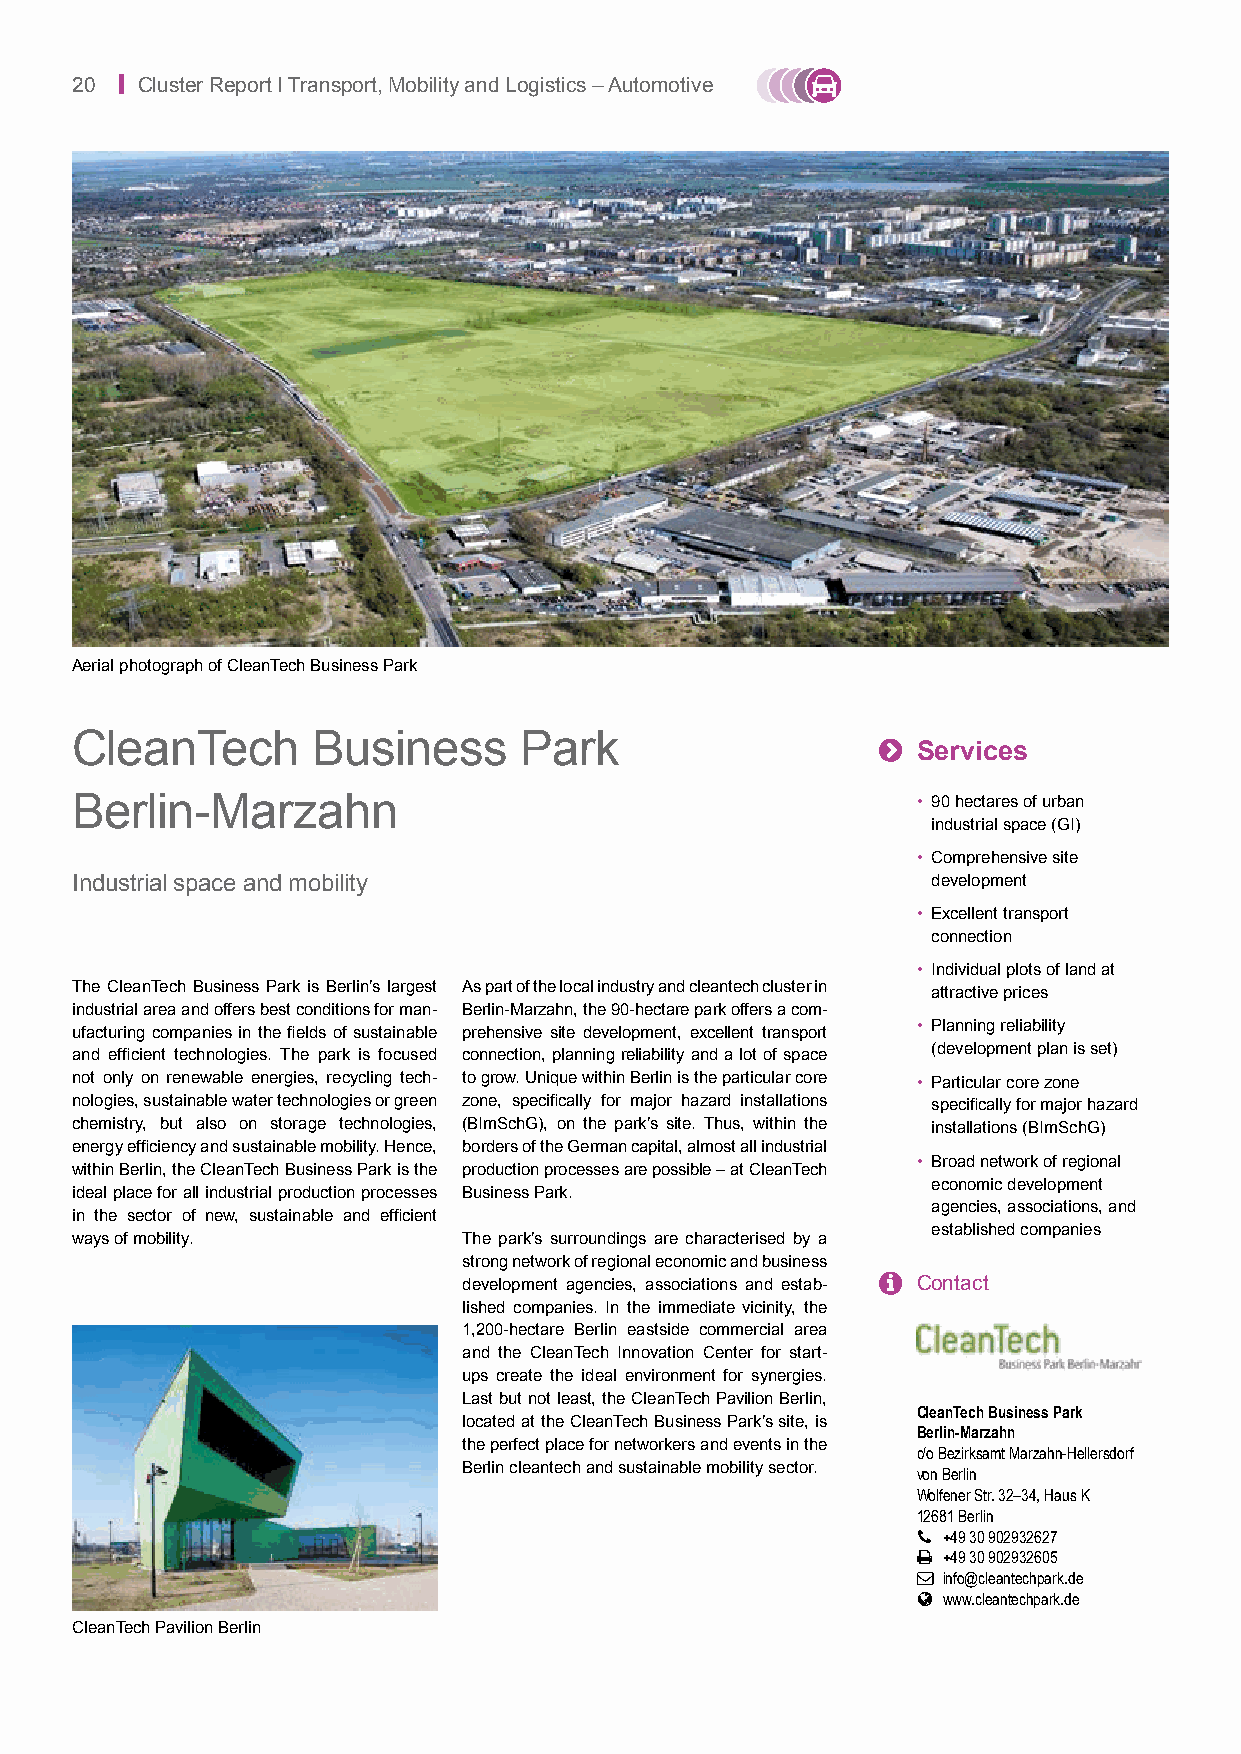
20 | Cluster Report I Transport, Mobility and Logistics – Automotive
 Aerial photograph of CleanTech Business Park
 CleanTech       Business     Park                    
 Services
 Berlin-Marzahn                                          • 90 hectares of urban
 industrial space (GI)
 • Comprehensive site
 Industrial space and mobility                            development
 • Excellent transport
 connection
 • Individual plots of land at
 The CleanTech Business Park is Berlin’s largest As part of the local industry and cleantech cluster in
 attractive prices
 industrial area and offers best conditions for man- Berlin-Marzahn, the 90-hectare park offers a com-
 ufacturing companies in the fields of sustainable prehensive site development, excellent transport • Planning reliability
 and efficient technologies. The park is focused connection, planning reliability and a lot of space (development plan is set)
 not only on renewable energies, recycling tech- to grow. Unique within Berlin is the particular core • Particular core zone
 nologies, sustainable water technologies or green zone, specifically for major hazard installations specifically for major hazard
 chemistry, but also on storage technologies, (BImSchG), on the park’s site. Thus, within the installations (BImSchG)
 energy efficiency and sustainable mobility. Hence, borders of the German capital, almost all industrial
 • Broad network of regional
 within Berlin, the CleanTech Business Park is the production processes are possible – at CleanTech
 economic development
 ideal place for all industrial production processes Business Park.
 agencies, associations, and
 in the sector of new, sustainable and efficient
 established companies
 ways of mobility.         The park’s surroundings are characterised by a
 strong network of regional economic and business
 development agencies, associations and estab-  Contact
 lished companies. In the immediate vicinity, the
 1,200-hectare Berlin eastside commercial area
 and the CleanTech Innovation Center for start-
 ups create the ideal environment for synergies.
 Last but not least, the CleanTech Pavilion Berlin,
 CleanTech Business Park
 located at the CleanTech Business Park’s site, is
 Berlin-Marzahn
 the perfect place for networkers and events in the
 c/o Bezirksamt Marzahn-Hellersdorf
 Berlin cleantech and sustainable mobility sector. von Berlin
 Wolfener Str. 32–34, Haus K
 12681 Berlin
  +49 30 902932627
  +49 30 902932605
  info@cleantechpark.de
  www.cleantechpark.de
 CleanTech Pavilion Berlin